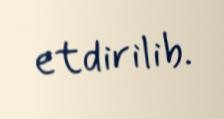
etdirilib.